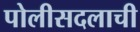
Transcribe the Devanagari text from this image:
पोलीसदलाची